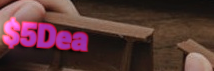
$5Deal